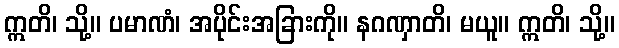
ဣတိ၊ သို့။ ပမာဏံ၊ အပိုင်းအခြားကို။ နဂဏှာတိ၊ မယူ။ ဣတိ၊ သို့။